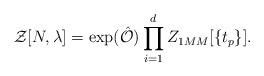
LaTeX: \begin{align*}\mathcal{Z}[N,\lambda] =\exp(\hat{\mathcal{O}})\prod_{i=1}^d Z_{1MM}[\{t_p\}].\end{align*}